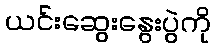
ယင်းဆွေးနွေးပွဲကို